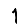
Digit: 1